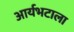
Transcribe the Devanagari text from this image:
आर्यभटाला